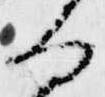
る